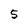
Character: 5